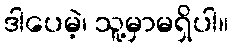
ဒါပေမဲ့၊ သူ့မှာမရှိပါ။